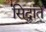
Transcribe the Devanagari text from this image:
सिद्धांतें